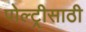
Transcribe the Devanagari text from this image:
पोल्ट्रीसाठी